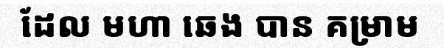
ដែល មហា ឆេង បាន គម្រាម